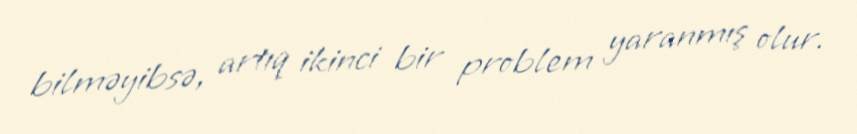
bilməyibsə, artıq ikinci bir problem yaranmış olur.